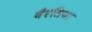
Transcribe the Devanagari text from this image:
बैरसिया